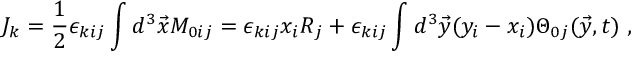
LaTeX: J _ { k } = { \frac { 1 } { 2 } } \epsilon _ { k i j } \int d ^ { 3 } \vec { x } { \cal M } _ { 0 i j } = \epsilon _ { k i j } x _ { i } R _ { j } + \epsilon _ { k i j } \int d ^ { 3 } \vec { y } ( y _ { i } - x _ { i } ) \Theta _ { 0 j } ( \vec { y } , t ) ~ ,